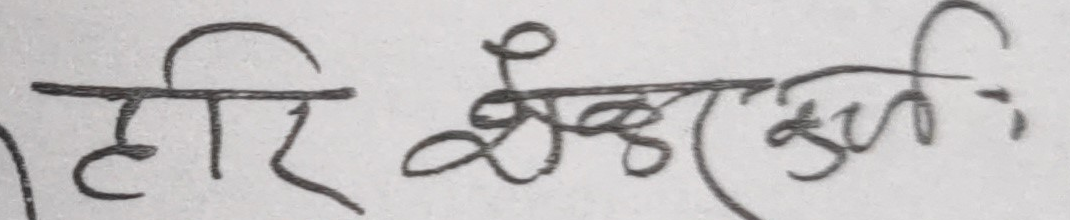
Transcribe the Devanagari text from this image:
हीरे श्रीकृष्णः